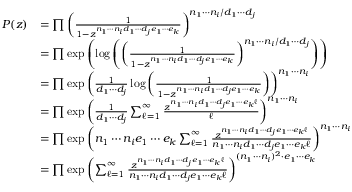
\begin{array} { r l } { P ( z ) } & { = \prod \left( \frac { 1 } { 1 - z ^ { n _ { 1 } \cdots n _ { i } d _ { 1 } \cdots d _ { j } e _ { 1 } \cdots e _ { k } } } \right) ^ { n _ { 1 } \cdots n _ { i } / d _ { 1 } \cdots d _ { j } } } \\ & { = \prod \exp \left( \log \left( \left( \frac { 1 } { 1 - z ^ { n _ { 1 } \cdots n _ { i } d _ { 1 } \cdots d _ { j } e _ { 1 } \cdots e _ { k } } } \right) ^ { n _ { 1 } \cdots n _ { i } / d _ { 1 } \cdots d _ { j } } \right) \right) } \\ & { = \prod \exp \left( \frac { 1 } { d _ { 1 } \cdots d _ { j } } \log \left( \frac { 1 } { 1 - z ^ { n _ { 1 } \cdots n _ { i } d _ { 1 } \cdots d _ { j } e _ { 1 } \cdots e _ { k } } } \right) \right) ^ { n _ { 1 } \cdots n _ { i } } } \\ & { = \prod \exp \left( \frac { 1 } { d _ { 1 } \cdots d _ { j } } \sum _ { \ell = 1 } ^ { \infty } \frac { z ^ { n _ { 1 } \cdots n _ { i } d _ { 1 } \cdots d _ { j } e _ { 1 } \cdots e _ { k } \ell } } { \ell } \right) ^ { n _ { 1 } \cdots n _ { i } } } \\ & { = \prod \exp \left( n _ { 1 } \cdots n _ { i } e _ { 1 } \cdots e _ { k } \sum _ { \ell = 1 } ^ { \infty } \frac { z ^ { n _ { 1 } \cdots n _ { i } d _ { 1 } \cdots d _ { j } e _ { 1 } \cdots e _ { k } \ell } } { n _ { 1 } \cdots n _ { i } d _ { 1 } \cdots d _ { j } e _ { 1 } \cdots e _ { k } \ell } \right) ^ { n _ { 1 } \cdots n _ { i } } } \\ & { = \prod \exp \left( \sum _ { \ell = 1 } ^ { \infty } \frac { z ^ { n _ { 1 } \cdots n _ { i } d _ { 1 } \cdots d _ { j } e _ { 1 } \cdots e _ { k } \ell } } { n _ { 1 } \cdots n _ { i } d _ { 1 } \cdots d _ { j } e _ { 1 } \cdots e _ { k } \ell } \right) ^ { ( n _ { 1 } \cdots n _ { i } ) ^ { 2 } \cdot e _ { 1 } \cdots e _ { k } } } \end{array}